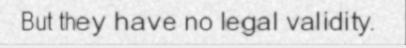
But they have no legal validity.